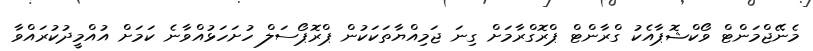
މެނޭޖްމަންޓް ވޯކްޝޮޕާއެކު ގްރާންޓް ޕްރޮގްރާމަށް ގިނަ ޖަމިއްޔާތަކަކުން ޕްރޮޕޯސަލް ހުށަހަޅުއްވާނެ ކަމަށް އުއްމީދުކުރައްވާ